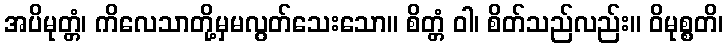
အပိမုတ္တံ၊ ကိလေသာတို့မှမလွတ်သေးသော။ စိတ္တံ ဝါ၊ စိတ်သည်လည်း။ ဝိမုစ္စတိ၊